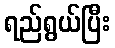
ရည်ရွယ်ပြီး